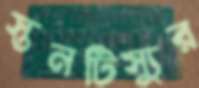
স্তনটিস্যুর